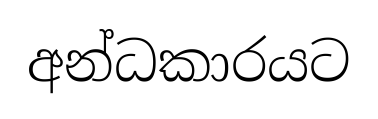
අන්ධකාරයට